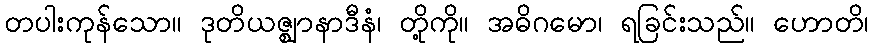
တပါးကုန်သော။ ဒုတိယဇ္ဈာနာဒီနံ၊ တို့ကို။ အဓိဂမော၊ ရခြင်းသည်။ ဟောတိ၊